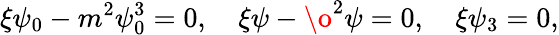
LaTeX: \xi\psi_{0}-m^{2}\psi_{0}^{3}=0,\quad\xi\psi-\o^{2}\psi=0,\quad\xi\psi_{3}=0,